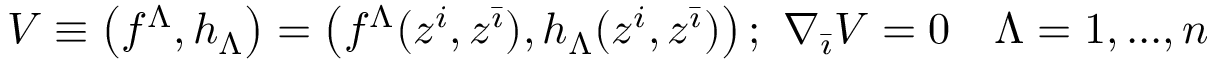
V \equiv \left( f ^ { \Lambda } , h _ { \Lambda } \right) = \left( f ^ { \Lambda } ( z ^ { i } , z ^ { \bar { \imath } } ) , h _ { \Lambda } ( z ^ { i } , z ^ { \bar { \imath } } ) \right) ; \, \, \nabla _ { \bar { \imath } } V = 0 \quad \Lambda = 1 , . . . , n